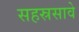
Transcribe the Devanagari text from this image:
सहस्रसावे